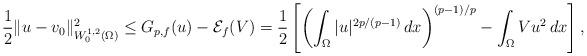
LaTeX: \begin{align*}\frac{1}{2}\|u-v_0\|^2_{W^{1,2}_0(\Omega)}\le G_{p,f}(u)-\mathcal{E}_f(V)=\frac{1}{2}\left[\left(\int_\Omega|u|^{2p/(p-1)}\,dx\right)^{(p-1)/p}-\int_\Omega Vu^2\,dx\right],\end{align*}